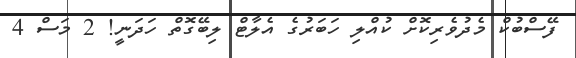
ފޭސްބުކް މެދުވެރިކޮށް ކުއްލި ހަބަރުގެ އެލާޓް ލިބޭގޮތް ހަދަނީ! 2 މަސް 4